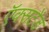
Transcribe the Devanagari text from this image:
ऍक्सटेंड